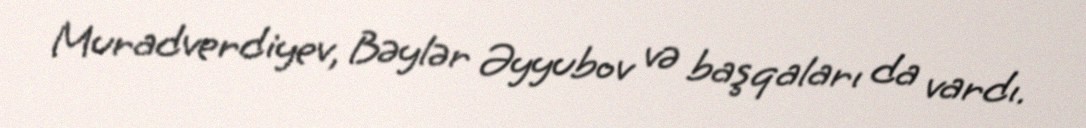
Muradverdiyev, Bəylər Əyyubov və başqaları da vardı.